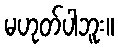
မဟုတ်ပါဘူး။